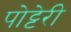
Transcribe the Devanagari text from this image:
पोट्टेरी